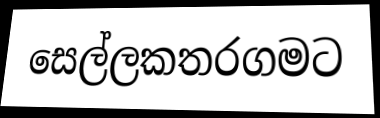
සෙල්ලකතරගමට